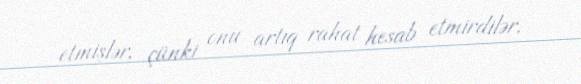
etmişlər, çünki onu artıq rahat hesab etmirdilər.